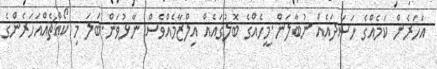
އަހަރެން ކަމެއްގެ ހަސަދައެއް ނުބާލަން.މީހެއްގެ ބޮލުގައެއް އިލްޒާމެއްވެސް ނާޅުވަން.ބަލަ މި ކޯއްޗެއްއަހަރެންގެ